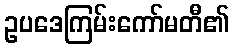
ဥပဒေကြမ်းကော်မတီ၏